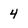
Character: 4